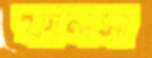
ফালসা